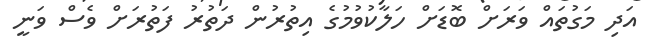
އަދި މަގުތައް ވަރަށް ބޮޑަށް ހަލާކުވުމުގެ އިތުރުން ދަތުރު ފަތުރަށް ވެސް ވަނީ